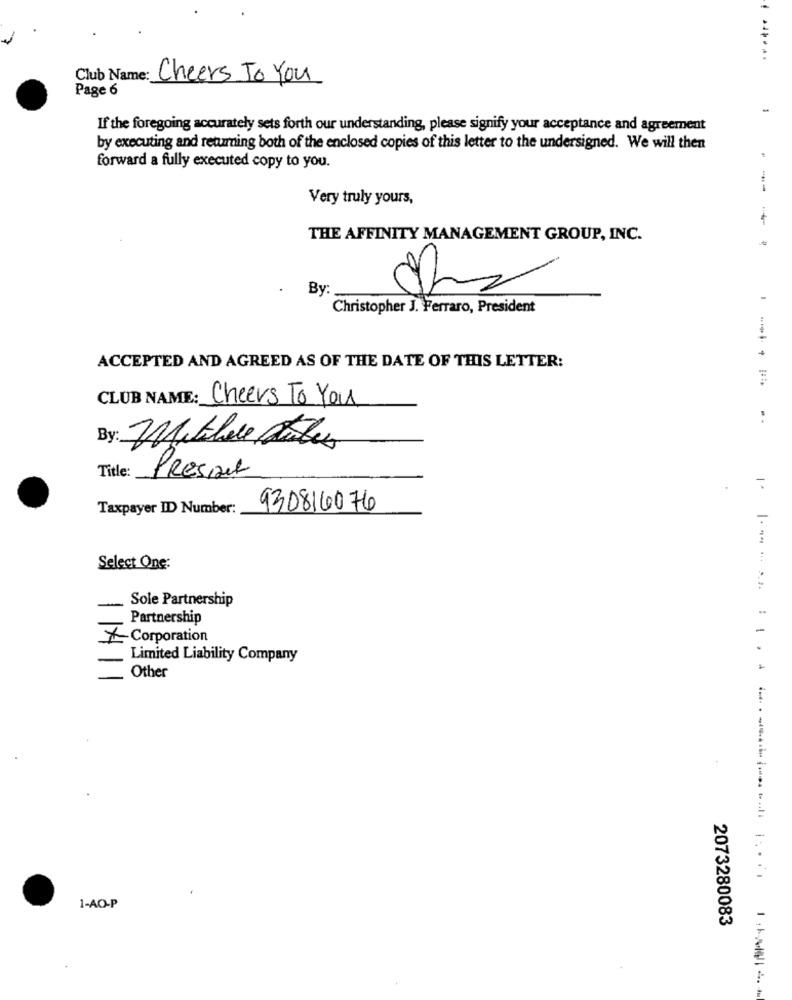
Club Name: Cheers To You
Page 6
If the foregoing accurately sets forth our understanding, please signify your acceptance and agreement
by executing and returning both of the enclosed copies of this letter to the undersigned. We will then
forward a fully executed copy to you.
--
Very truly yours,
THE AFFINITY MANAGEMENT GROUP, INC.
By
Christopher J. Ferraro, President
ACCEPTED AND AGREED AS OF THE DATE OF THIS LETTER:
CLUB NAME: Cheers To You
Title:
PRESIDet
Taxpayer ID Number:
930816076
Select One:
Sole Partnership
Partnership
X Corporation
Limited Liability Company
Other
1-AO-P
2073280083